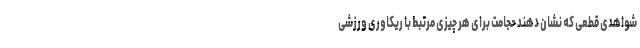
شواهدی قطعی که نشان دهند حجامت برای هر چیزی مرتبط با ریکاوری ورزشی